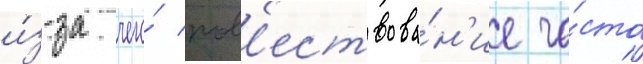
и́з-за чего́ пов'ествова́н'ие ча́сто